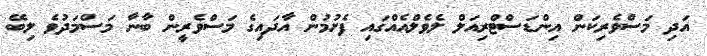
އަދި މަސްވެރިކަން އިންޑަސްޓްރިއަލް ލެވެލްއެއްގައި ފެށުމުން އާދައިގެ މަސްވެރީން ބާނާ މަސްމަދުވެ ލިބޭ